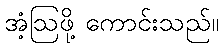
အံ့ဩဖို့ ကောင်းသည်။